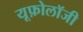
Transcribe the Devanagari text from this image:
यूफ़ोलॉजी